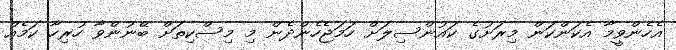
އެހެންވީމާ އެކަންކަން މިރަށުގެ ކައުންސިލަށް ހަމަޖެހެންދެން މި މިސްކިތަށް ބޭނުންވާ ހުރިހާ ކަމެއް